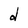
Character: d